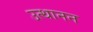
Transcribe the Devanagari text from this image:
उत्थानन